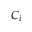
C _ { i }